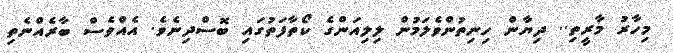
މިހާރު މާރީތި.. ދިޔާން ހިނިތުންވެލަމުން ލިލިއަންގެ ކޯތާފަތުގައި ބޮސްދިނެވެ. އެއްވެސް ބާރެއްނެތި